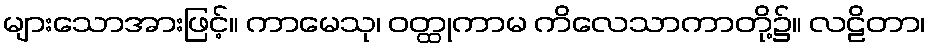
များသောအားဖြင့်။ ကာမေသု၊ ဝတ္ထုကာမ ကိလေသာကာတို့၌။ လဠိတာ၊